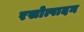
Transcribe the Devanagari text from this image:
रसोत्पादन